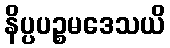
နိပ္ပပဉ္စမဒေသယိ